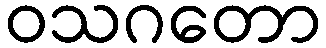
ဝသဂတော